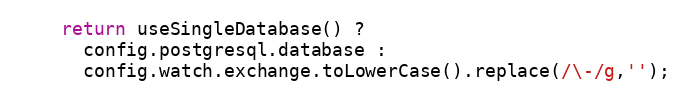
Language: JavaScript
    return useSingleDatabase() ?
      config.postgresql.database :
      config.watch.exchange.toLowerCase().replace(/\-/g,'');